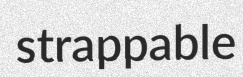
strappable